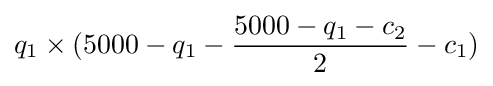
q_{1}\times (5000-q_{1}-{\frac {5000-q_{1}-c_{2}}{2}}-c_{1})